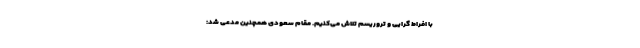
با افراط گرایی و تروریسم تلاش می‌کنیم. مقام سعودی همچنین مدعی شد: